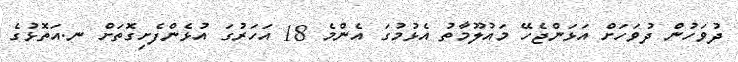
ދުވަހުން ދުވަހަށް އަޅަންޖެހޭ މައުލޫމާތު އެޅުމުގަ އެންމެ 18 އަހަރުގަ އުޅެންފެށިގޮތަށް ނ.އަތޮޅުގެ